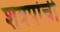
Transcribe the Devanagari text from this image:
शत्रपांची